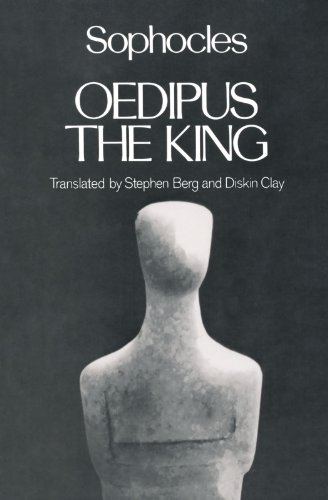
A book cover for Oedipus the King (Greek Tragedy in New Translations); Sophocles; Literature & Fiction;